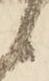
候